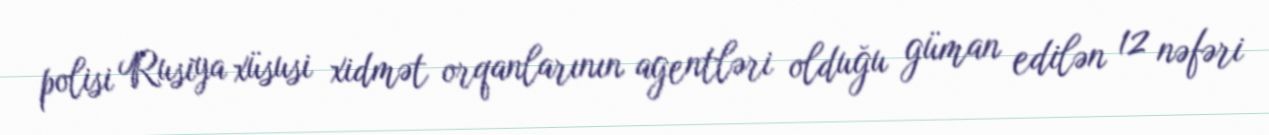
polisi Rusiya xüsusi xidmət orqanlarının agentləri olduğu güman edilən 12 nəfəri